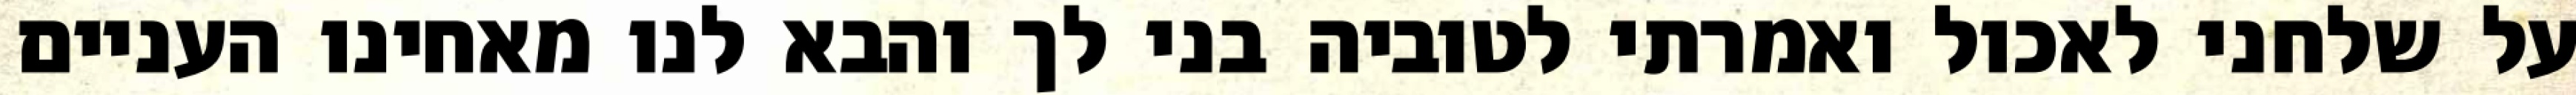
על שלחני לאכול ואמרתי לטוביה בני לך והבא לנו מאחינו העניים